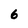
Character: 6